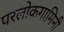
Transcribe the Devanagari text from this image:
परलोकगामिनी